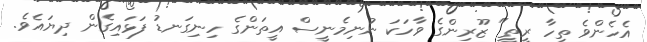
އެހެންވެ ތިހާ ރީތީ" ޒޫރިންގެ ވާހަކަ ނުނިމެނީސް އީތަންގެ ހިނިގަނޑު ފަޅައިގެން ދިޔައެވެ.